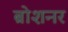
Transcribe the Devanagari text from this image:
ब्रोशनर